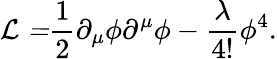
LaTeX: {\cal L=}\frac{1}{2}\partial_{\mu}\phi\partial^{\mu}\phi-\frac{\lambda}{4!}\phi^{4}.